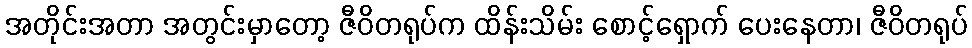
အတိုင်းအတာ အတွင်းမှာတော့ ဇီဝိတရုပ်က ထိန်းသိမ်း စောင့်ရှောက် ပေးနေတာ၊ ဇီဝိတရုပ်